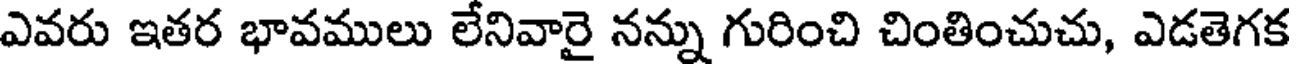
ఎవరు ఇతర భావములు లేనివారై నన్ను గురించి చింతించుచు, ఎడతెగక